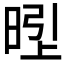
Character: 𱢇